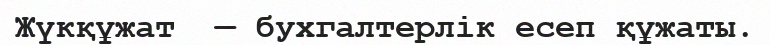
Жүкқұжат  — бухгалтерлік есеп құжаты.